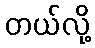
တယ်လို့